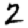
Digit: 2